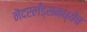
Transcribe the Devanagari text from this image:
नॆदरलँड्समध्येच